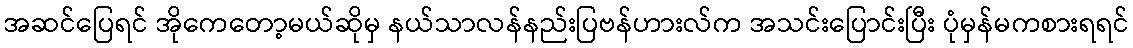
အဆင်ပြေရင် အိုကေတော့မယ်ဆိုမှ နယ်သာလန်နည်းပြဗန်ဟားလ်က အသင်းပြောင်းပြီး ပုံမှန်မကစားရရင်